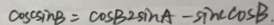
\cos c \sin B - \cos c 2 \sin A - \cos c \sin B .